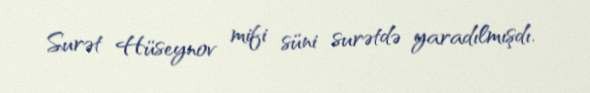
Surət Hüseynov mifi süni surətdə yaradılmışdı.